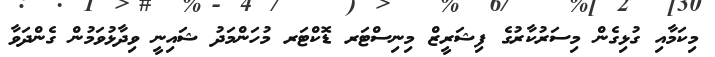
މިކަމާއި ގުޅިގެން މިސަރުކާރުގެ ފިޝަރީޒް މިނިސްޓަރ ޑޮކްޓަރ މުހަންމަދު ޝައިނީ ވިދާޅުވަމުން ގެންދަވާ